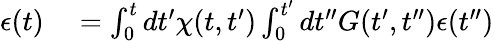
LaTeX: \begin{array}{rl}{\epsilon(t)}&{{}=\int_{0}^{t}dt^{\prime}\chi(t,t^{\prime})\int_{0}^{t^{\prime}}dt^{\prime\prime}G(t^{\prime},t^{\prime\prime})\epsilon(t^{\prime\prime})}\end{array}